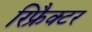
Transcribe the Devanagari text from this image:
रिफ्रैक्टर